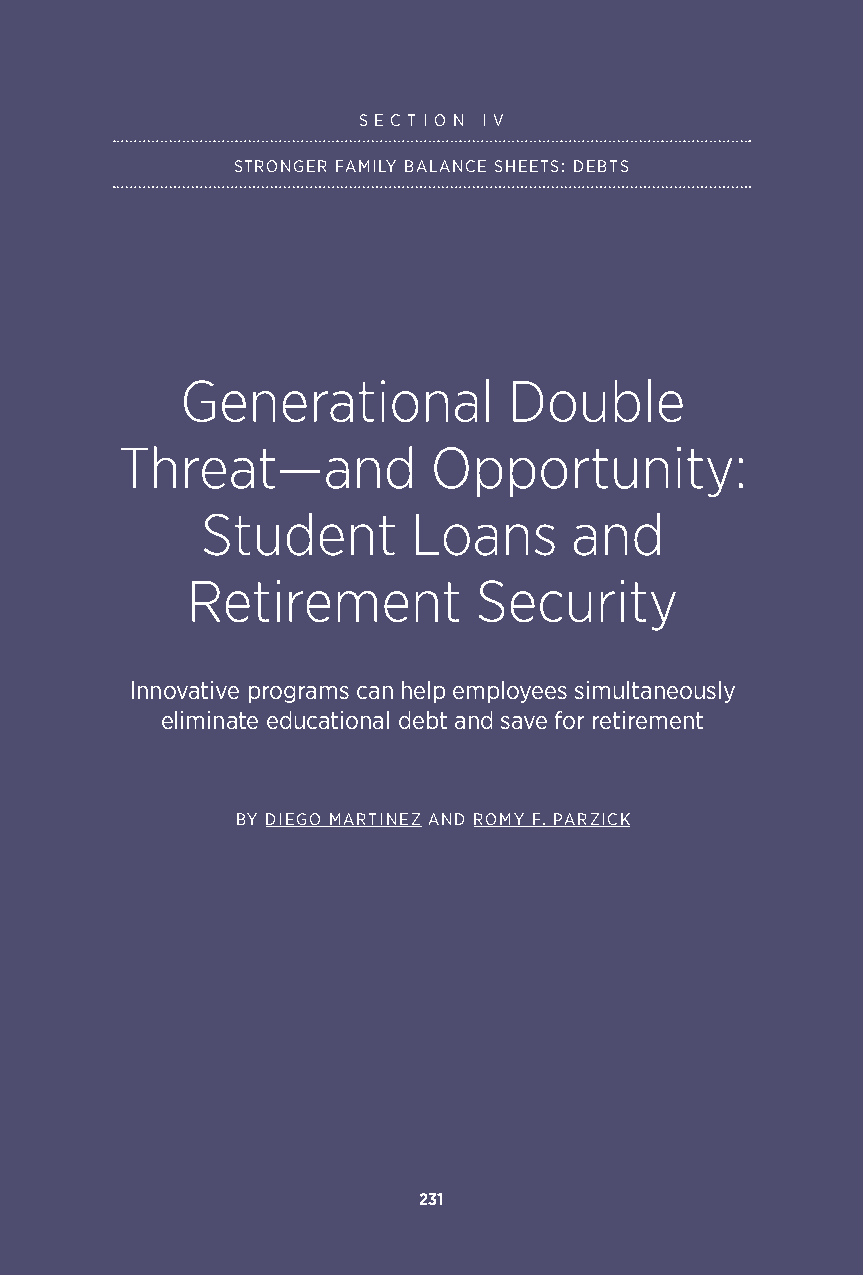
S E C T I O N I V
 STRONGER FAMILY BALANCE SHEETS: DEBTS
 Generational          Double
 Threat—and          Opportunity:
 Student       Loans      and
 Retirement         Security
 Innovative programs can help employees simultaneously
 eliminate educational debt and save for retirement
 BY DIEGO MARTINEZ AND ROMY F. PARZICK
 231